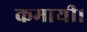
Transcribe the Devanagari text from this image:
कमायी।